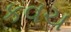
કવચ